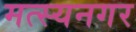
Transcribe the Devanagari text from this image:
मत्स्यनगर